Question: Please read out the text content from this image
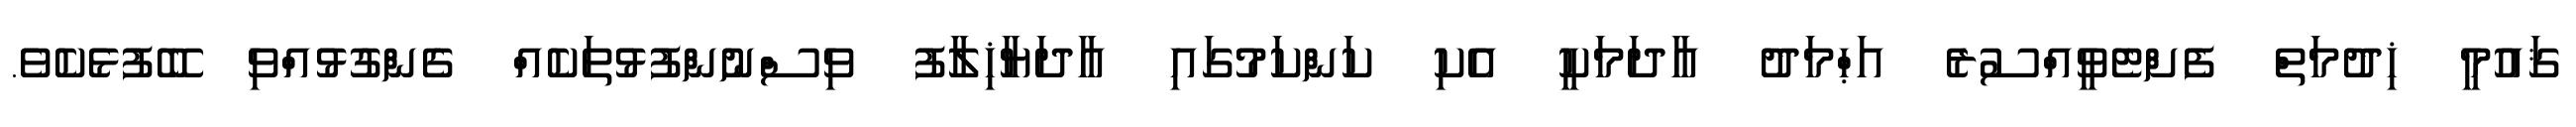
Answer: ޤައުމީ ޚިދުމަތް ފެށްޓެވީއްސުރެ އަޙްމަދު އާދަމަކީ އެކި ކަންކަމުގައި އާދަޔާޚިލާފު ވިސްނުންފުޅުތަކެއް ގެންގުޅުއްވި ބޭފުޅެކެވެ.